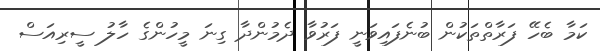
ކަމާ ބެހޭ ފަރާތްތަކުން ބުނެފައިވަނީ ފަރުވާ ދެމުންދާ ގިނަ މީހުންގެ ހާލު ސީރިއަސް